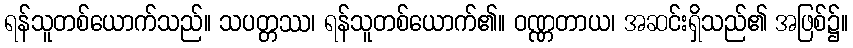
ရန်သူတစ်ယောက်သည်။ သပတ္တဿ၊ ရန်သူတစ်ယောက်၏။ ဝဏ္ဏတာယ၊ အဆင်းရှိသည်၏ အဖြစ်၌။